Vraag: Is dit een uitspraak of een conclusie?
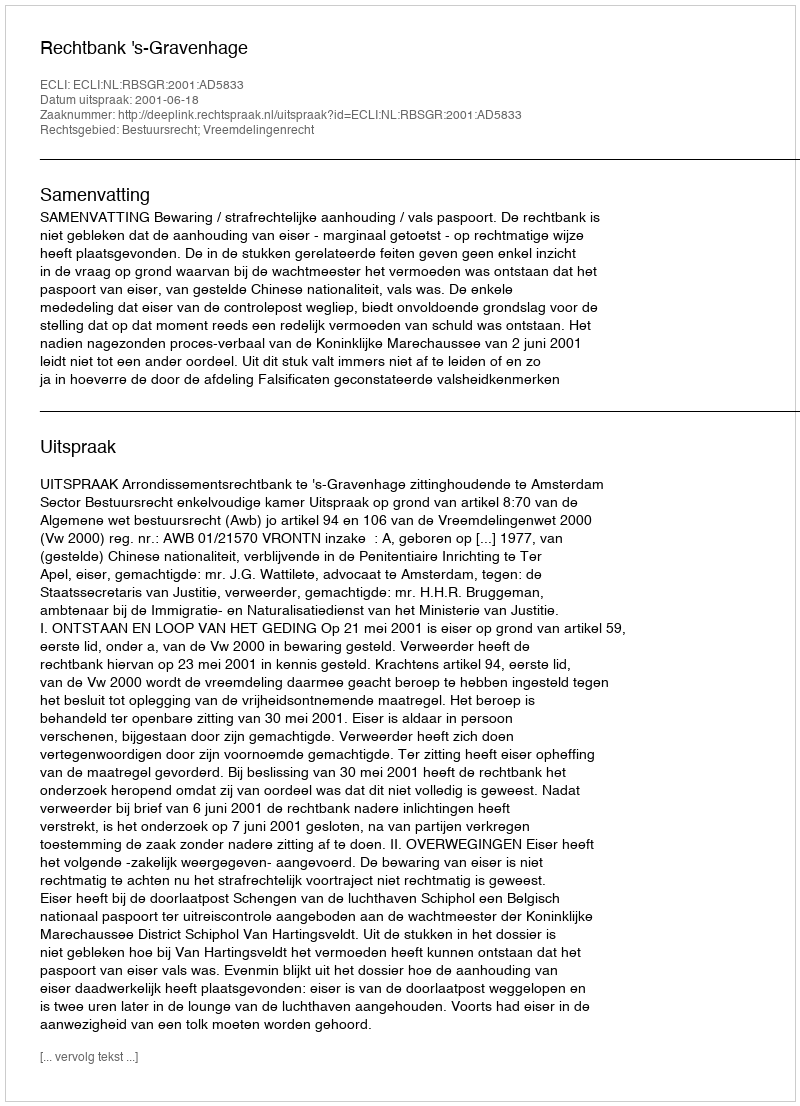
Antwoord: Uitspraak